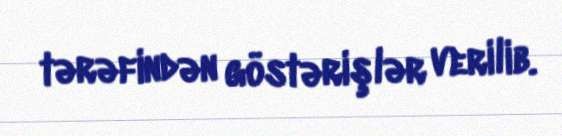
tərəfindən göstərişlər verilib.